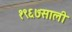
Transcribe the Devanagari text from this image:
१९६७साली